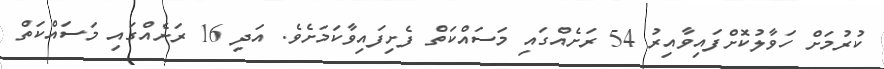
ކުރުމަށް ހަވާލުކޮށްފައިވާއިރު 54 ރަށެއްގައި މަސައްކަތް ފެށިފައިވާކަމަށެވެ. އަދި 16 ރަށެއްްގައި މަސައްކަތް